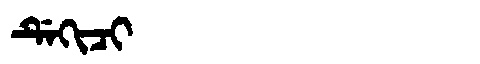
Manchu: ᡩᡝᡴᡳᠴᡳ
Romanization: DEKICI